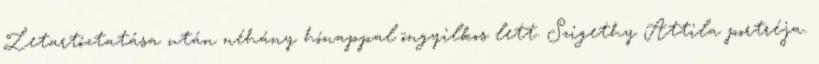
Letartóztatása után néhány hónappal öngyilkos lett. Szigethy Attila portréja.